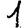
Digit: 1